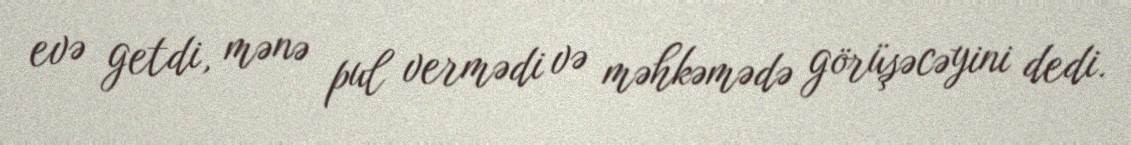
evə getdi, mənə pul vermədi və məhkəmədə görüşəcəyini dedi.